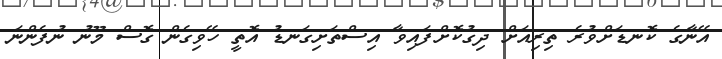
އޭނާގެ ކޮނޑަށްވުރެ ތިރިއަށް ދިގުކޮށްފައިވާ އިސްތަށިގަނޑު އޮތީ ހޭވިގެން ގޮސް މޫނު ނުފެންނަ